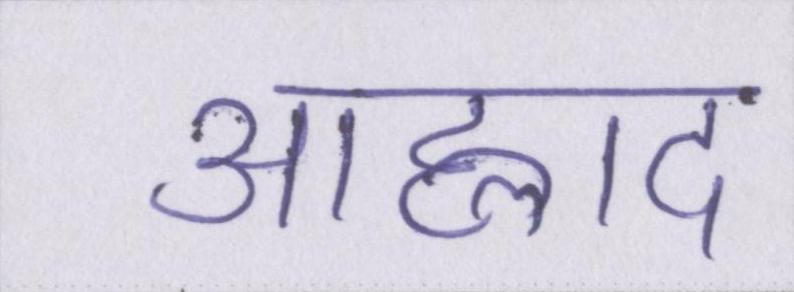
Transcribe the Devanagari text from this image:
आह्लाद